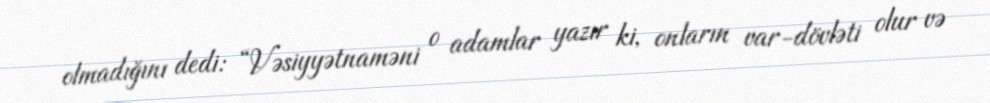
olmadığını dedi: “Vəsiyyətnaməni o adamlar yazır ki, onların var-dövləti olur və